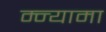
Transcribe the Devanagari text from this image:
म्न्यामा